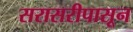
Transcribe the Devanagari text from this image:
सरासरीपासून